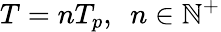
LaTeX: T=nT_{p},\ \ n\in\mathbb{N}^{+}